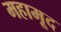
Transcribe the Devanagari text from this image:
महामूद